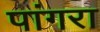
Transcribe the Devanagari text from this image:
पांगरा